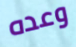
وعده